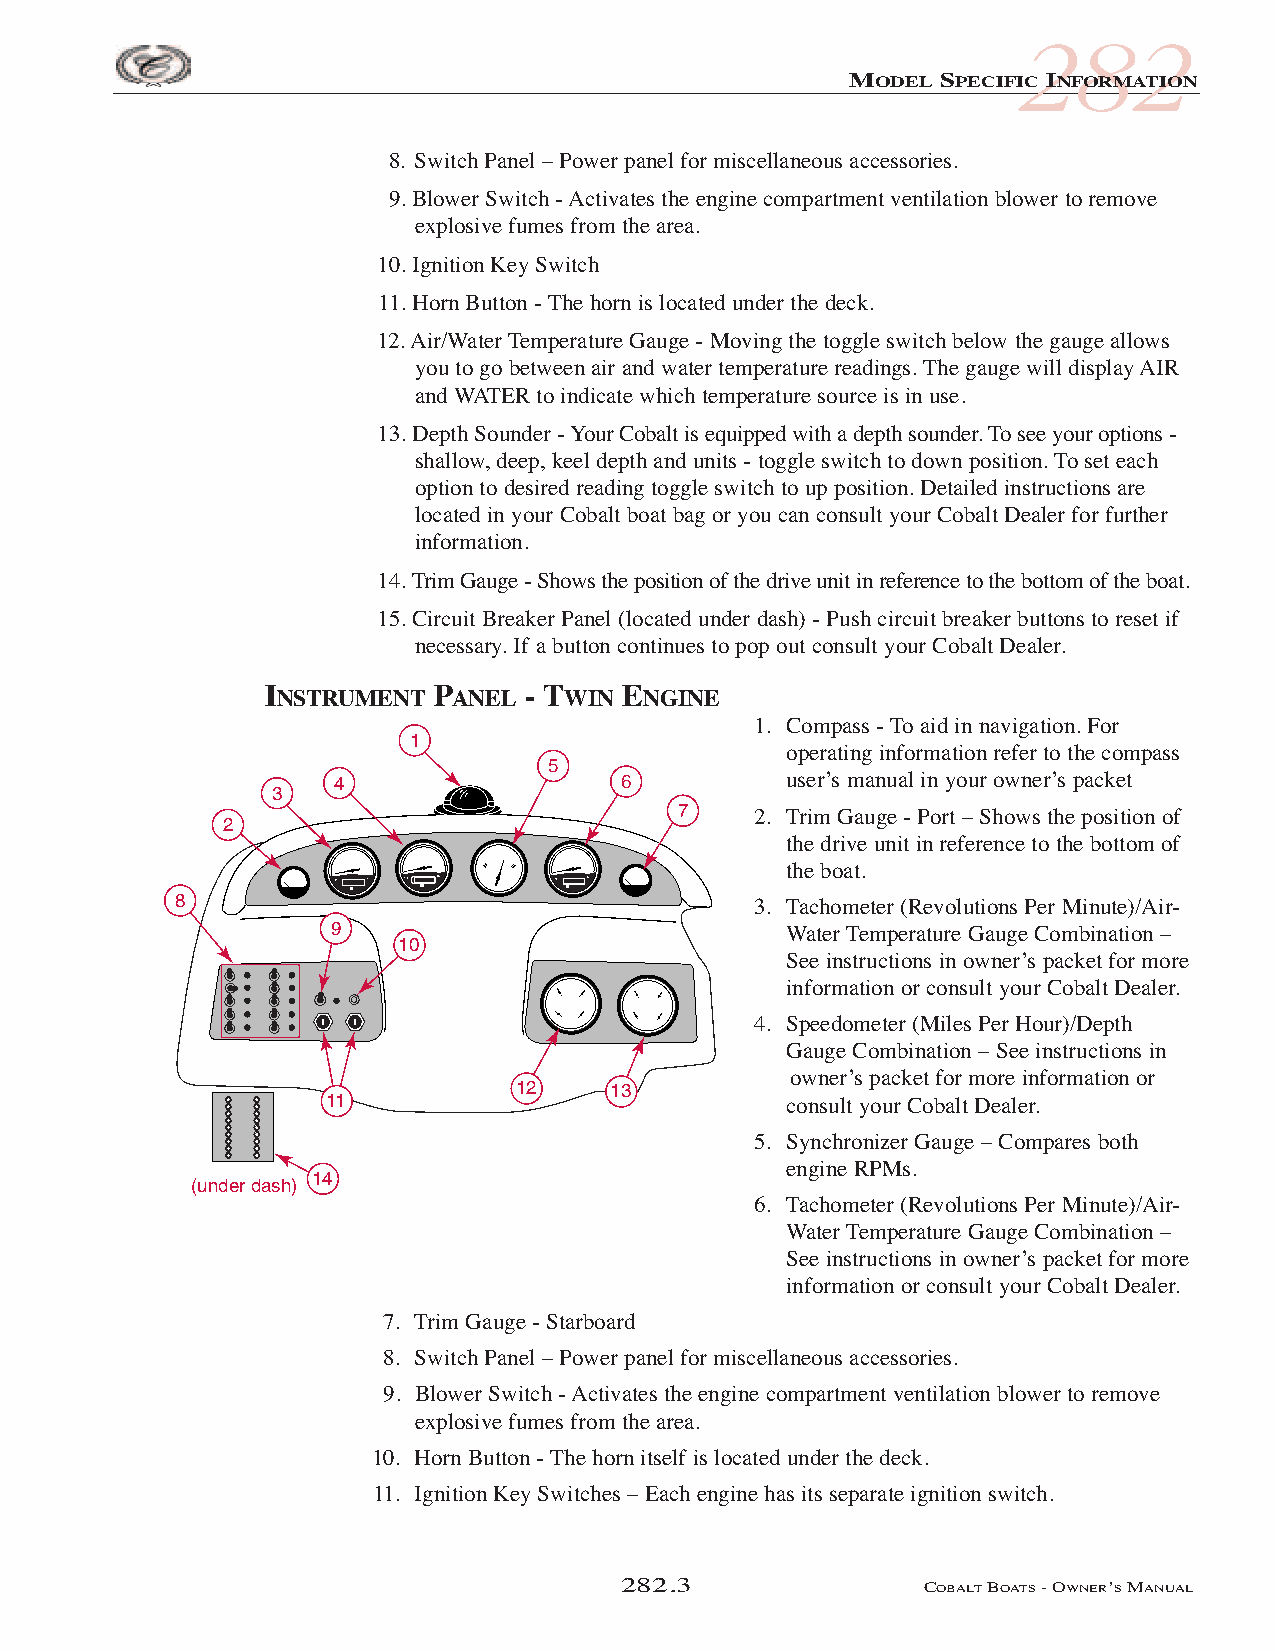
COB_05 Sect 280.qxd 3/18/05 9:30 AM Page 282.3
 282
 MODEL SPECIFIC INFORMATION
 8. Switch Panel – Power panel for miscellaneous accessories.
 9. Blower Switch - Activates the engine compartment ventilation blower to remove
 explosive fumes from the area.
 10. Ignition Key Switch
 11. Horn Button - The horn is located under the deck.
 12. Air/Water Temperature Gauge - Moving the toggle switch below the gauge allows
 you to go between air and water temperature readings. The gauge will display AIR
 and WATER to indicate which temperature source is in use.
 13. Depth Sounder - Your Cobalt is equipped with a depth sounder. To see your options -
 shallow, deep, keel depth and units - toggle switch to down position. To set each
 option to desired reading toggle switch to up position. Detailed instructions are
 located in your Cobalt boat bag or you can consult your Cobalt Dealer for further
 information.
 14. Trim Gauge - Shows the position of the drive unit in reference to the bottom of the boat.
 15. Circuit Breaker Panel (located under dash) - Push circuit breaker buttons to reset if
 necessary. If a button continues to pop out consult your Cobalt Dealer.
 INSTRUMENT PANEL - TWIN ENGINE
 1. Compass - To aid in navigation. For
 1
 operating information refer to the compass
 5
 4                  6         user’s manual in your owner’s packet
 3
 7    2. Trim Gauge - Port – Shows the position of
 2
 the drive unit in reference to the bottom of
 the boat.
 8                                     3. Tachometer (Revolutions Per Minute)/Air-
 9                             Water Temperature Gauge Combination –
 10
 See instructions in owner’s packet for more
 information or consult your Cobalt Dealer.
 4. Speedometer (Miles Per Hour)/Depth
 Gauge Combination – See instructions in
 owner’s packet for more information or
 12    13
 11                            consult your Cobalt Dealer.
 5. Synchronizer Gauge – Compares both
 engine RPMs.
 14
 (under dash)
 6. Tachometer (Revolutions Per Minute)/Air-
 Water Temperature Gauge Combination –
 See instructions in owner’s packet for more
 information or consult your Cobalt Dealer.
 7. Trim Gauge - Starboard
 8. Switch Panel – Power panel for miscellaneous accessories.
 9. Blower Switch - Activates the engine compartment ventilation blower to remove
 explosive fumes from the area.
 10. Horn Button - The horn itself is located under the deck.
 11. Ignition Key Switches – Each engine has its separate ignition switch.
 282.3               COBALTBOATS- OWNER’SMANUAL